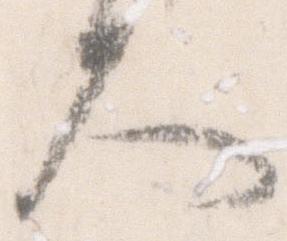
大